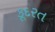
કૂદરત